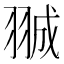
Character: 𮊽